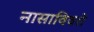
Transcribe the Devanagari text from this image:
नासाविवरों